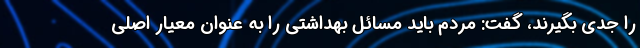
را جدی بگیرند، گفت: مردم باید مسائل بهداشتی را به عنوان معیار اصلی